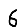
Digit: 6